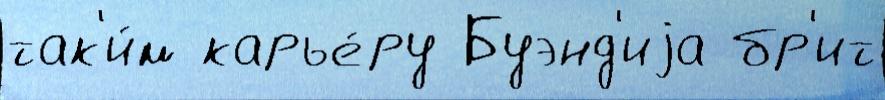
так'и́м карье́ру Буэнд'иjа бр'ит